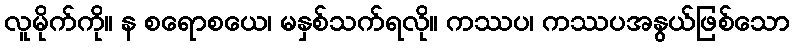
လူမိုက်ကို။ န စရောစယေ၊ မနှစ်သက်ရလို။ ကဿပ၊ ကဿပအနွယ်ဖြစ်သော